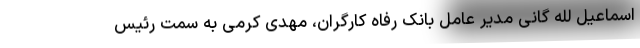
اسماعیل لله گانی مدیر عامل بانک رفاه کارگران، مهدی کرمی به سمت رئیس